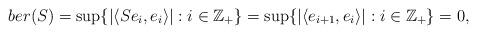
LaTeX: \begin{align*}ber(S)= \sup\{|\langle Se_i, e_i \rangle|: i \in \mathbb{Z}_{+}\}= \sup\{|\langle e_{i+1}, e_i \rangle|: i \in \mathbb{Z}_{+}\} = 0,\end{align*}